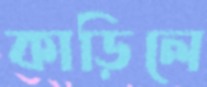
কাড়িলে